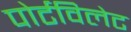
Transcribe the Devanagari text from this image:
पोर्टविलेट